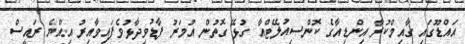
އައްޑޫގައި ގާއިމްކުރާ އިންޑިއާގެ ކޮންސިއުލޭޓްއާ ގުޅޭ ގޮތުން އުމަރު ފާޑުވިދާޅުވެފައިވާއިރު އިއްޔެ ރައީސް